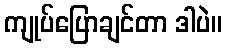
ကျုပ်ပြောချင်တာ ဒါပဲ။